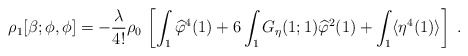
\begin{align*}\rho_1[\beta;\phi,\phi]=-\frac{\lambda}{4!}\rho_0\,\left[\int_1 \widehat\varphi^4(1)+6\int_1 G_\eta(1;1)\widehat\varphi^2(1)+\int_1 \langle\eta^4(1)\rangle \right]\;.\end{align*}